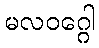
မလဝဂ္ဂေါ